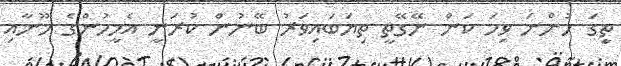
ތީިގަ ހުންނަ ވިހަ ކަން ނޭގޭތީ ތިޔަބައިވަރު ބޭނުން ކުރަނީ އެމީހުންގެ މޫނާއި